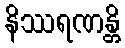
နိဿရဏန္တိ